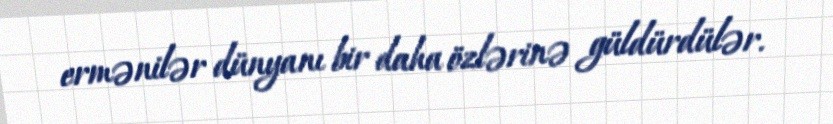
ermənilər dünyanı bir daha özlərinə güldürdülər.